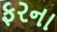
ફરના